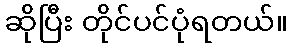
ဆိုပြီး တိုင်ပင်ပုံရတယ်။